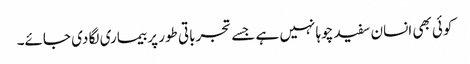
کوئی بھی انسان سفید چوہا نہیں ہے جسے تجرباتی طور پر بیماری لگا دی جائے۔